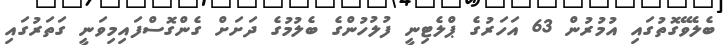
ބެލެވޭގޮތުގައި އުމުރުން 63 އަހަރުގެ ޕްލެޓިނީ ފުލުހުންގެ ބެލުމުގެ ދަށަށް ގެންގޮސްފައިމިވަނީ ގަތަރުގައި